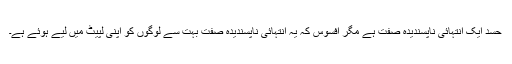
حسد ایک انتہائی ناپسندیدہ صفت ہے مگر افسوس کہ یہ انتہائی ناپسندیدہ صفت بہت سے لوگوں کو اپنی لپیٹ میں لیے ہوئے ہے۔